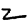
Digit: 2